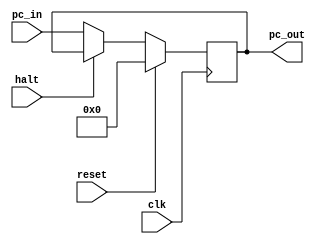
module PC(clk, pc_in, pc_out, reset, halt);

input [31:0] pc_in;
input clk, reset, halt;

output reg [31:0] pc_out;


always@(negedge clk)
begin
	if(reset==1)
		begin
			pc_out = 0;
		end
	else if(halt == 1)
		begin
		end
	else
		begin
			pc_out = pc_in;
		end
end

endmodule

/*module PC(clk, pc_in, pc_out, reset, halt, nhalt, reg1, reg2);

input [31:0] pc_in;
input clk, reset, halt, nhalt;

output reg [31:0] pc_out;

output reg reg1 = 1, reg2 = 0;

always@(negedge clk)
begin
		if(halt == 0 && (reg1 != reg2))
			pc_out = pc_in;
	
		if(halt && (reg1 == reg2))
			begin
				pc_out = pc_in;
				reg1 = ~reg1;
			end
end

always@(posedge nhalt)
begin
	reg2 = ~reg2;
end

endmodule*/